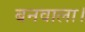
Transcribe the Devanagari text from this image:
बनवाला।